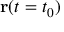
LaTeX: \mathbf { r } ( t = t _ { 0 } )